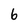
Character: 6